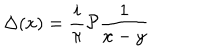
LaTeX: \Delta ( x ) = \frac { i } { \pi } { \cal P } \frac { 1 } { x - y }